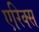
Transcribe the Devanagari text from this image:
एरिक्स